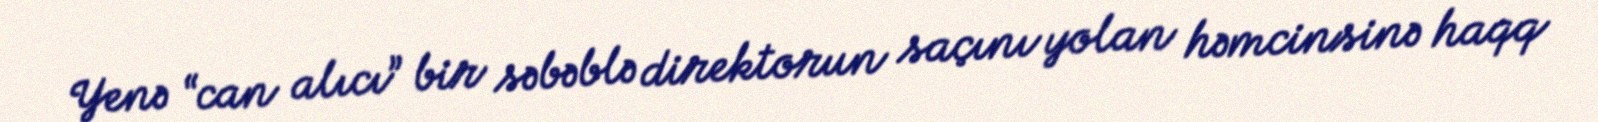
Yenə “can alıcı” bir səbəblə direktorun saçını yolan həmcinsinə haqq